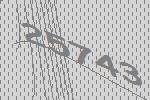
25743